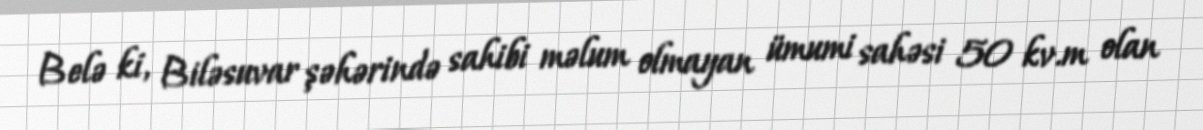
Belə ki, Biləsuvar şəhərində sahibi məlum olmayan ümumi sahəsi 50 kv.m olan